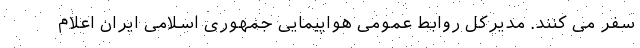
سفر می کنند. مدیرکل روابط عمومی هواپیمایی جمهوری اسلامی ایران اعلام